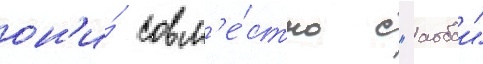
он'и́ совм'е́стно с "аобои"